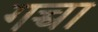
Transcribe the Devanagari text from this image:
गच्चा